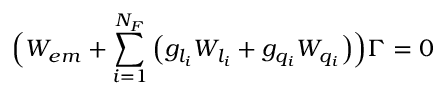
\Bigl ( { \cal W } _ { e m } + \sum _ { i = 1 } ^ { N _ { F } } \left( g _ { l _ { i } } { \cal W } _ { l _ { i } } + g _ { q _ { i } } { \cal W } _ { q _ { i } } \right) \Bigr ) \Gamma = 0